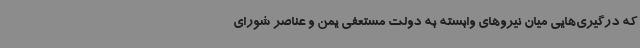
که درگیری‌هایی میان نیروهای وابسته به دولت مستعفی یمن و عناصر شورای